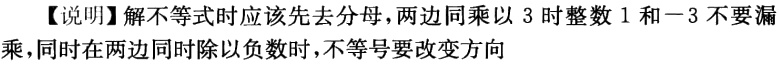
【说明】解不等式时应该先去分母，两边同乘以 3 时整数 1 和－3 不要漏乘，同时在两边同时除以负数时，不等号要改变方向